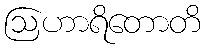
ဩဟာရိတောတိ